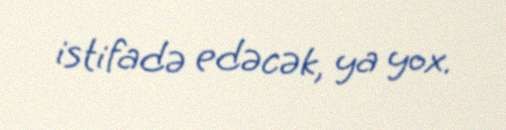
istifadə edəcək, ya yox.